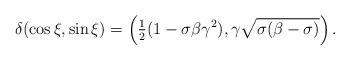
LaTeX: \begin{align*}\delta(\cos{\xi},\sin{\xi})=\left(\tfrac{1}{2}(1-\sigma\beta\gamma^2),\gamma\sqrt{\sigma(\beta-\sigma)}\right).\end{align*}